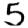
Digit: 5